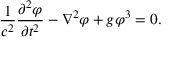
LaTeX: { \frac { 1 } { c ^ { 2 } } } { \frac { \partial ^ { 2 } \varphi } { \partial t ^ { 2 } } } - \nabla ^ { 2 } \varphi + g \varphi ^ { 3 } = 0 .